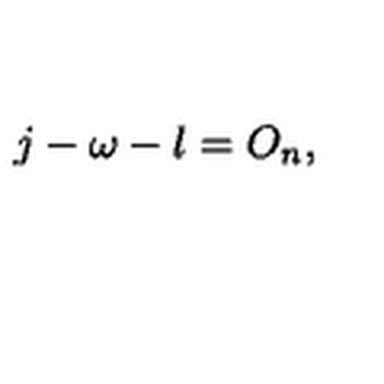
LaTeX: j - \omega - l = O _ { n } ,